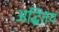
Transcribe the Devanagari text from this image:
अद्धितय